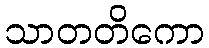
သာတတိကော